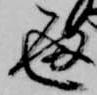
通